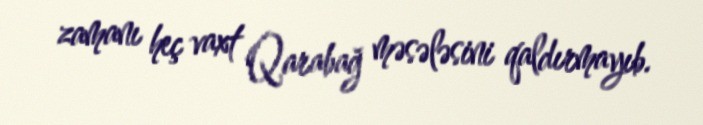
zamanı heç vaxt Qarabağ məsələsini qaldırmayıb.